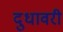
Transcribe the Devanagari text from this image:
दुधावरी